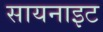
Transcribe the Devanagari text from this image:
सायनाइट